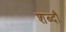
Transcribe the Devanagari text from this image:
शब्दौ